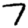
Digit: 7